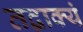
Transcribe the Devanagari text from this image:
तद्वाक्यं